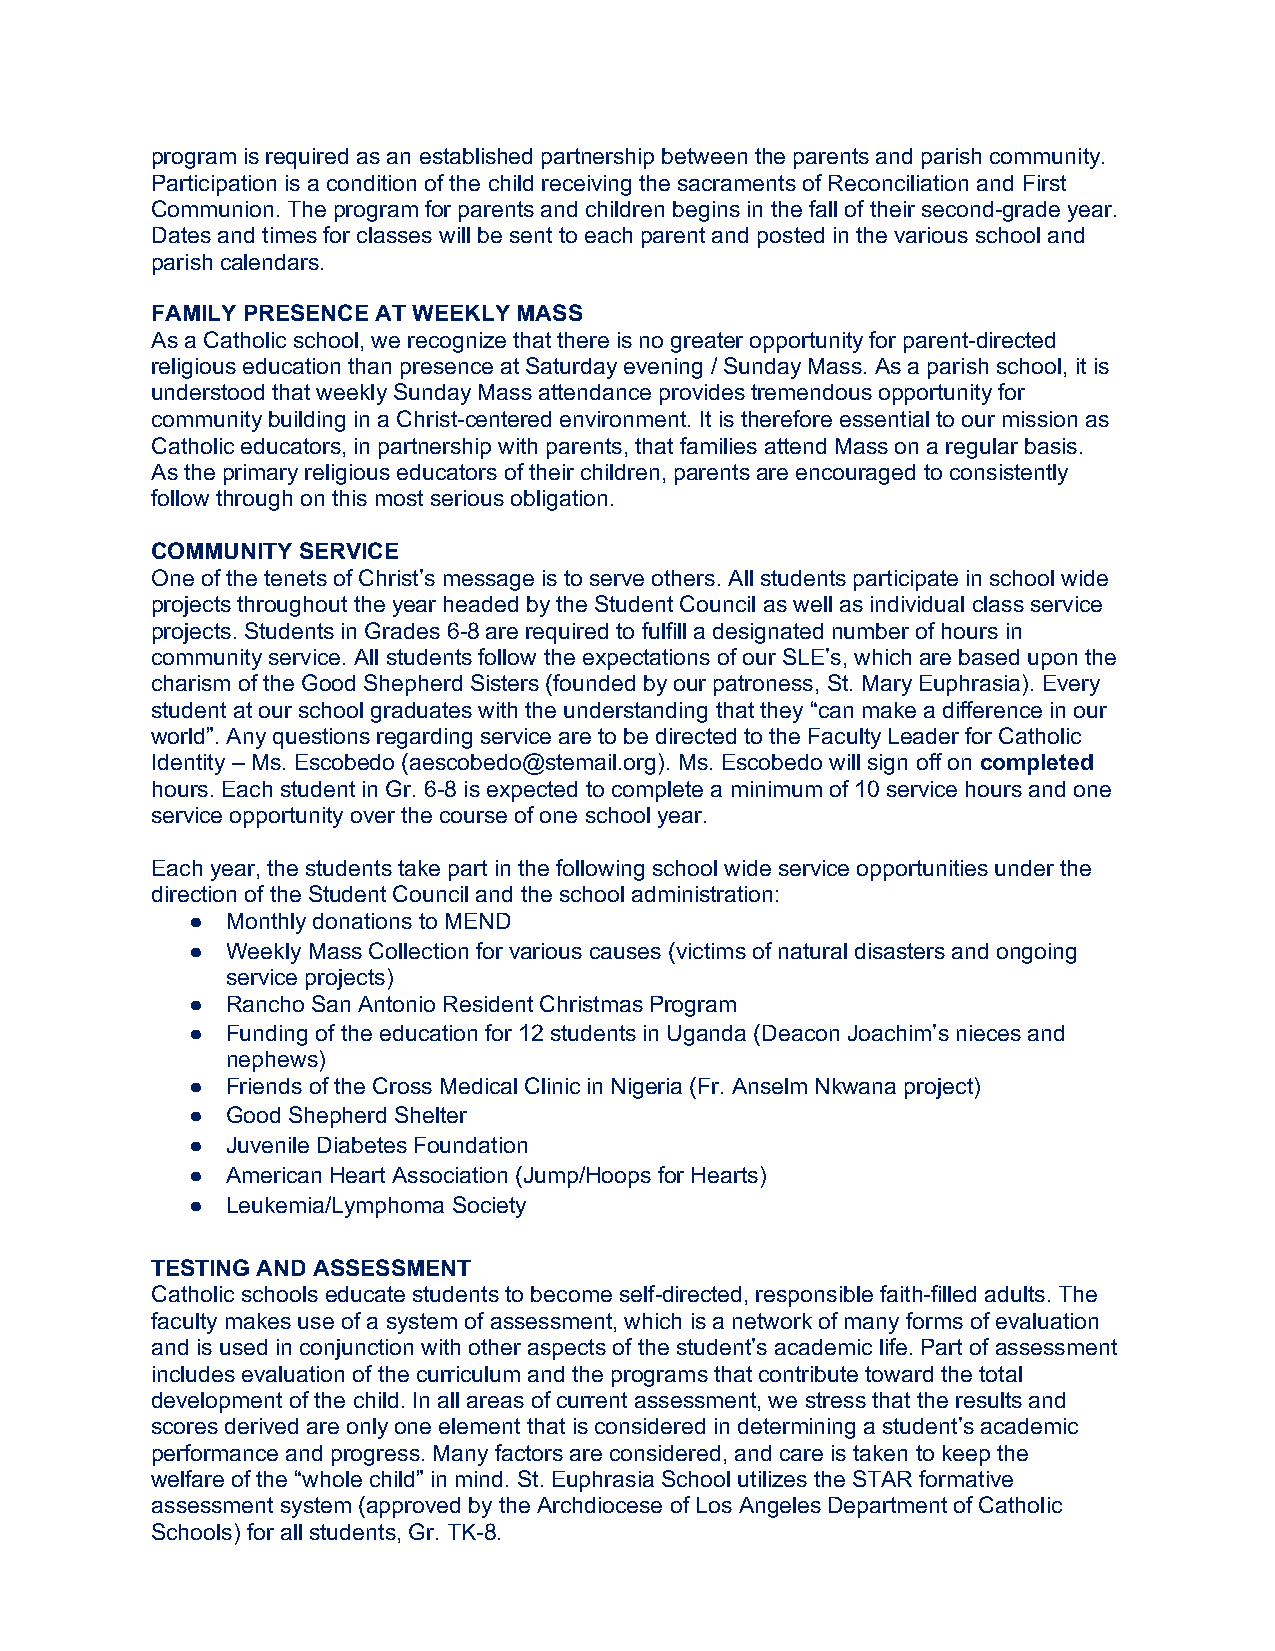
program is required as an established partnership between the parents and parish community.
 Participation is a condition of the child receiving the sacraments of Reconciliation and First
 Communion. The program for parents and children begins in the fall of their second-grade year.
 Dates and times for classes will be sent to each parent and posted in the various school and
 parish calendars.
 FAMILY PRESENCE AT WEEKLY MASS
 As a Catholic school, we recognize that there is no greater opportunity for parent-directed
 religious education than presence at Saturday evening / Sunday Mass. As a parish school, it is
 understood that weekly Sunday Mass attendance provides tremendous opportunity for
 community building in a Christ-centered environment. It is therefore essential to our mission as
 Catholic educators, in partnership with parents, that families attend Mass on a regular basis.
 As the primary religious educators of their children, parents are encouraged to consistently
 follow through on this most serious obligation.
 COMMUNITY SERVICE
 One of the tenets of Christ’s message is to serve others. All students participate in school wide
 projects throughout the year headed by the Student Council as well as individual class service
 projects. Students in Grades 6-8 are required to fulfill a designated number of hours in
 community service. All students follow the expectations of our SLE’s, which are based upon the
 charism of the Good Shepherd Sisters (founded by our patroness, St. Mary Euphrasia). Every
 student at our school graduates with the understanding that they “can make a difference in our
 world”. Any questions regarding service are to be directed to the Faculty Leader for Catholic
 Identity – Ms. Escobedo (aescobedo@stemail.org). Ms. Escobedo will sign off on completed
 hours. Each student in Gr. 6-8 is expected to complete a minimum of 10 service hours and one
 service opportunity over the course of one school year.
 Each year, the students take part in the following school wide service opportunities under the
 direction of the Student Council and the school administration:
 ●  Monthly donations to MEND
 ● Weekly Mass Collection for various causes (victims of natural disasters and ongoing
 service projects)
 ●  Rancho San Antonio Resident Christmas Program
 ● Funding of the education for 12 students in Uganda (Deacon Joachim’s nieces and
 nephews)
 ●  Friends of the Cross Medical Clinic in Nigeria (Fr. Anselm Nkwana project)
 ●  Good Shepherd Shelter
 ●  Juvenile Diabetes Foundation
 ●  American Heart Association (Jump/Hoops for Hearts)
 ●  Leukemia/Lymphoma Society
 TESTING AND ASSESSMENT
 Catholic schools educate students to become self-directed, responsible faith-filled adults. The
 faculty makes use of a system of assessment, which is a network of many forms of evaluation
 and is used in conjunction with other aspects of the student’s academic life. Part of assessment
 includes evaluation of the curriculum and the programs that contribute toward the total
 development of the child. In all areas of current assessment, we stress that the results and
 scores derived are only one element that is considered in determining a student’s academic
 performance and progress. Many factors are considered, and care is taken to keep the
 welfare of the “whole child” in mind. St. Euphrasia School utilizes the STAR formative
 assessment system (approved by the Archdiocese of Los Angeles Department of Catholic
 Schools) for all students, Gr. TK-8.